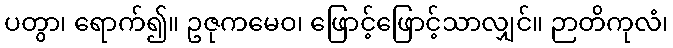
ပတွာ၊ ရောက်၍။ ဥဇုကမေဝ၊ ဖြောင့်ဖြောင့်သာလျှင်။ ဉာတိကုလံ၊